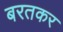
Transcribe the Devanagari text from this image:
बरतकर